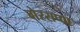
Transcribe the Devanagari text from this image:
गेरसप्पा